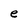
Character: e